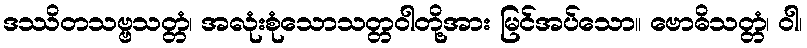
ဒဿိတသဗ္ဗသတ္တံ၊ အလုံးစုံသောသတ္တဝါတို့အား မြင်အပ်သော။ ဗောဓိသတ္တံ၊ ဝါ၊